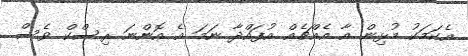
އެކަމަކު މުޅިން އާ އެއްޗެއް އުފައްދާ ނަމަ އެ އޮންނަ ރިސްކް ވެސް